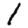
Digit: 1